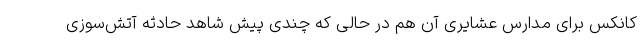
کانکس برای مدارس عشایری آن هم در حالی که چندی پیش شاهد حادثه آتش‌سوزی